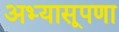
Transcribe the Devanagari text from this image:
अभ्यासूपणा